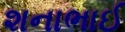
શનાભાઈ